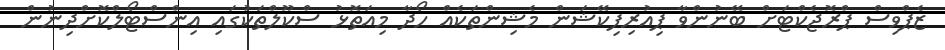
ޒެޕްވިސް ޕްރޮޖެކްޓަށް ބޭނުންވާ ޕިއުރިފިކޭޝަން މެޝިންތަކެއް ހޯދާ މިއަތޮޅު ސްކޫލްތަކުގައި އިންސްޓޯލްކޮށްދިނުން